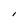
Character: l